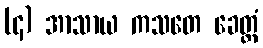
(၄) အာသာယ ကသတေ ခေတ္တံ